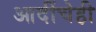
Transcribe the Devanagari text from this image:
आदींचेही